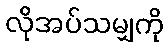
လိုအပ်သမျှကို